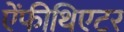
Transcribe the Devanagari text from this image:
ऐंफीथिएटर